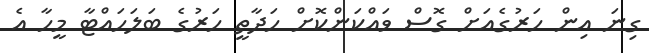
ގިނަ އިން ހަރުގެއަށް ގޮސް ވައްކަންކޮށް ހަދާތީ ހަރުގެ ބަލަހައްޓާ މީހާ އެ